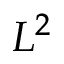
L ^ { 2 }